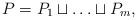
LaTeX: \begin{align*} P = P_1 \sqcup \ldots \sqcup P_m,\end{align*}